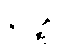
ဝိဒတ္ထိ